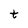
Character: t